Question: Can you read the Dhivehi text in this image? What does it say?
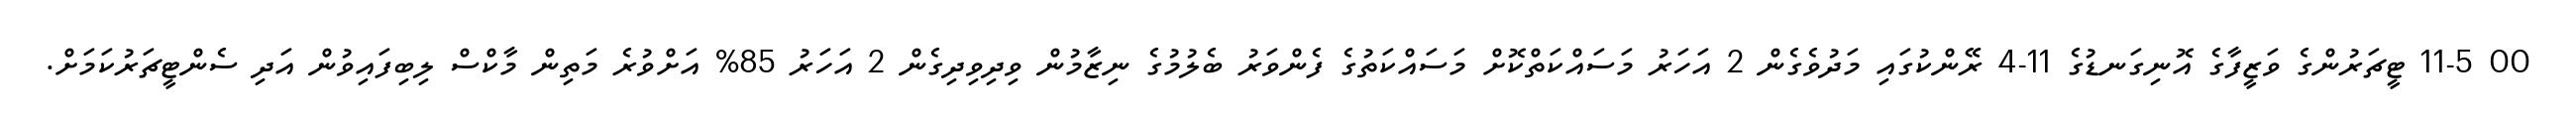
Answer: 00 11-5 ޓީޗަރުންގެ ވަޒީފާގެ އޮނިގަނޑުގެ 11-4 ރޭންކުގައި މަދުވެގެން 2 އަހަރު މަސައްކަތްކޮށް މަސައްކަތުގެ ފެންވަރު ބެލުމުގެ ނިޒާމުން ވިދިވިދިގެން 2 އަހަރު 85% އަށްވުރެ މަތިން މާކްސް ލިބިފައިވުން އަދި ސެންޓީޗަރުކަމަށް.